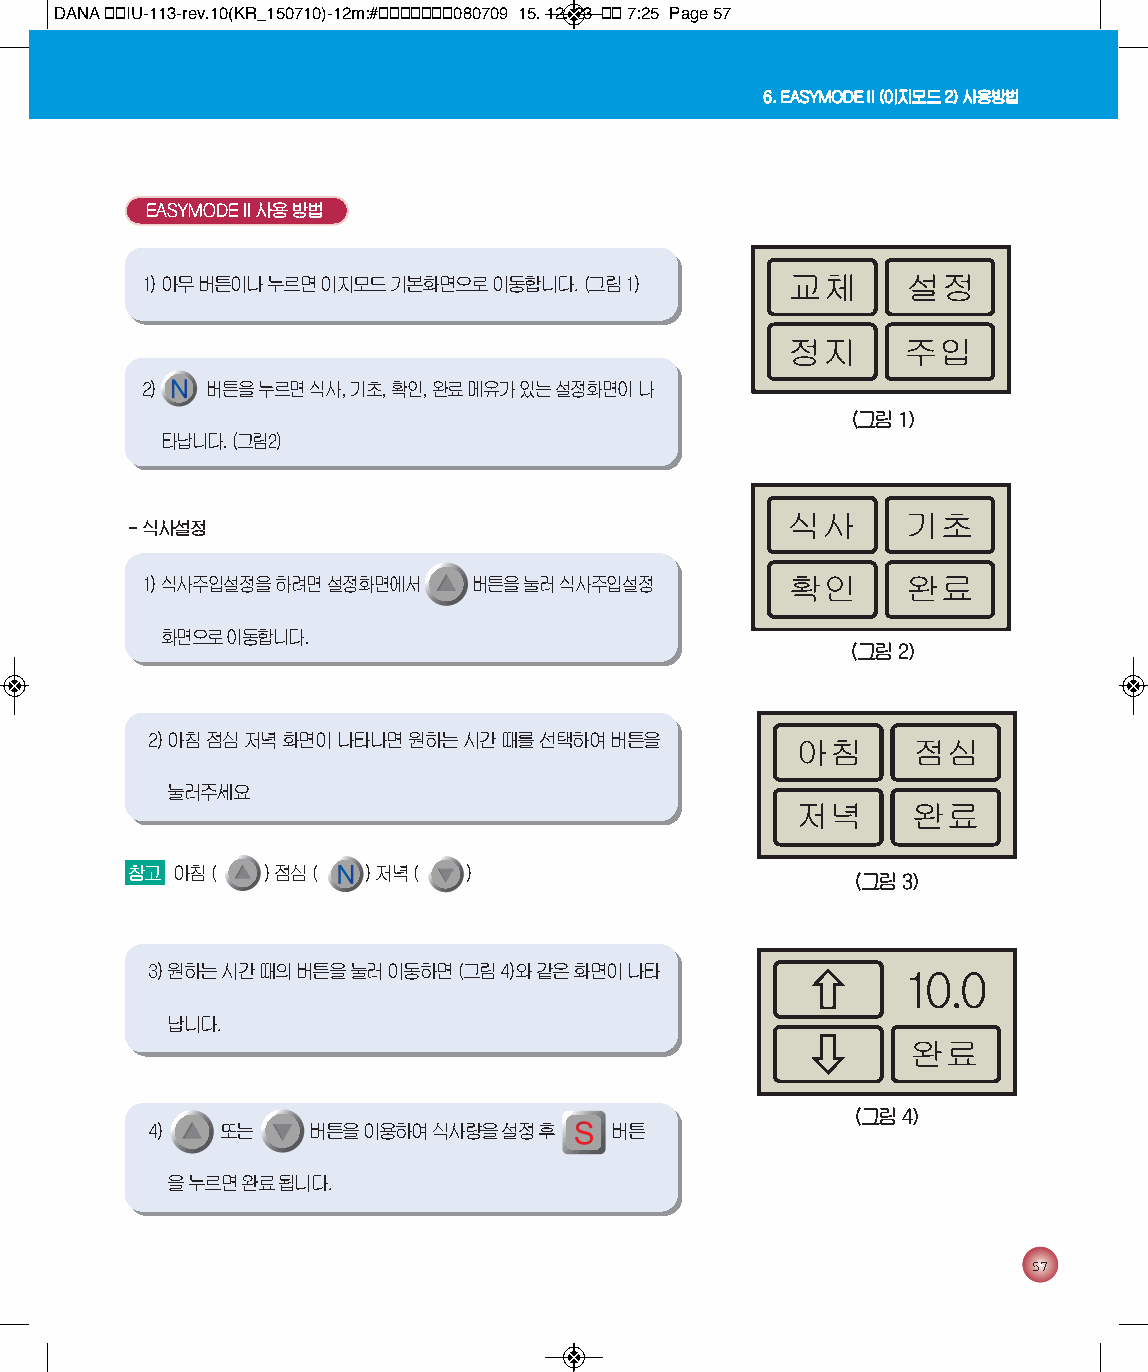
DANA 통통IU-113-rev.10(KR_150710)-12m:#통통통통통통통080709 15. 12. 23 통통 7:25 Page 57
 6. EASYMODEII(이지모드 2) 사용방법
 EASYMODEII사용 방법
 1) 아무 버튼이나 누르면 이지모드 기본화면으로 이동합니다. (그림 1)
 2)   버튼을 누르면 식사, 기초, 확인, 완료 메유가 있는 설정화면이 나
 (그림 1)
 타납니다. (그림2)
 - 식사설정
 1) 식사주입설정을 하려면 설정화면에서 버튼을 눌러 식사주입설정
 화면으로 이동합니다.
 (그림 2)
 2) 아침 점심 저녁 화면이 나타나면 원하는 시간 때를 선택하여 버튼을
 눌러주세요
 참고 아침 (  ) 점심 ( ) 저녁 ( )
 (그림 3)
 3) 원하는 시간 때의 버튼을 눌러 이동하면 (그림 4)와 같은 화면이 나타
 납니다.
 (그림 4)
 4)   또는   버튼을 이용하여 식사량을 설정 후  버튼
 을 누르면 완료 됩니다.
 57